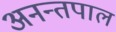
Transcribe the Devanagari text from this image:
अनन्तपाल